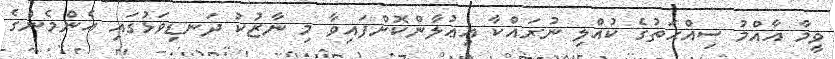
ވީމާ އާއްމު ސިއްޙަތުގެ ކުއްލި ނުރައްކާ އިޢުލާންކޮށްފައިވާ މި ނާޒުކު ދަނޑިވަޅުގައި އެންމެންގެ